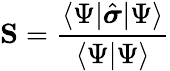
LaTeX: \mathbf{S}=\frac{\langle\Psi\lvert\hat{\boldsymbol{\sigma}}\rvert\Psi\rangle}{\langle\Psi\vert\Psi\rangle}